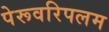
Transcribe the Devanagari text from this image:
पेरूवरिपलम